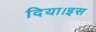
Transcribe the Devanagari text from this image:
दिया।इस